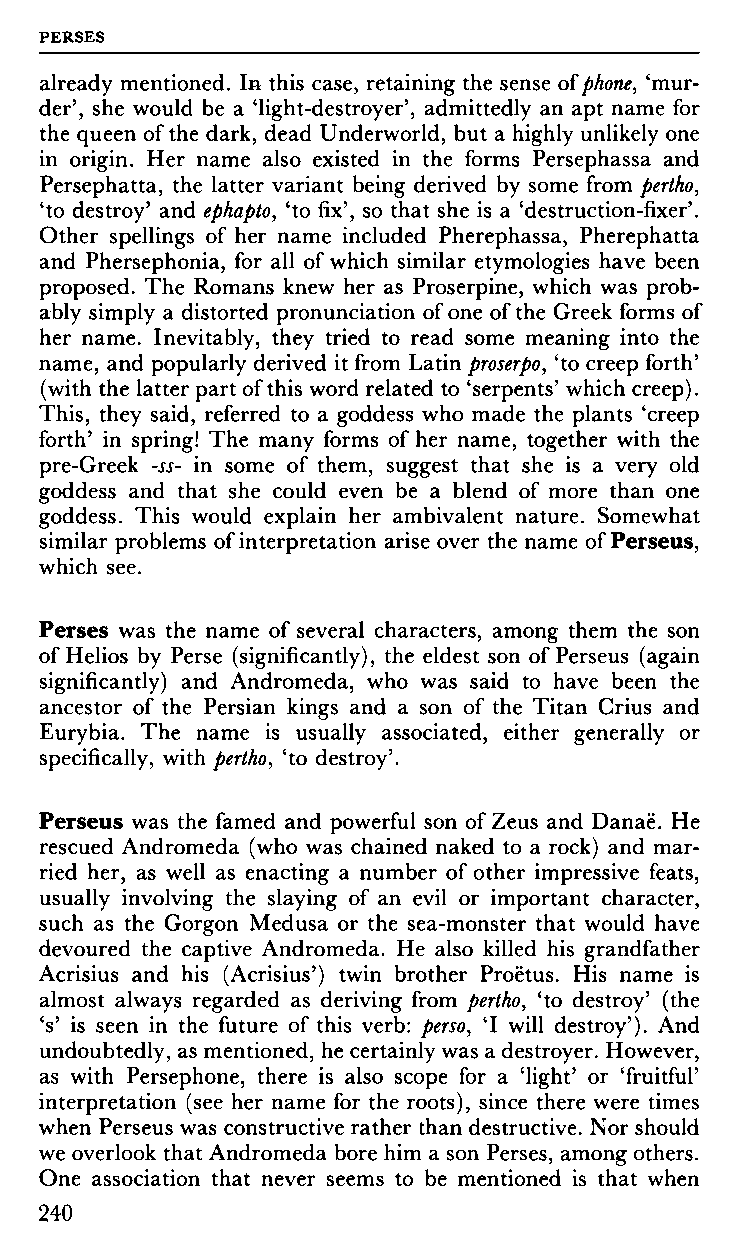
PERSES
 already mentioned. In this case, retaining the sense of phone, 'mur
 der', she would be a 'light-destroyer', admittedly an apt name for
 the queen of the dark, dead Underworld, but a highly unlikely one
 in origin. Her name also existed in the forms Persephassa and
 Persephatta, the latter variant being derived by some from pertho,
 'to destroy' and ephapto, 'to fix', so that she is a 'destruction-fixer'.
 Other spellings of her name included Pherephassa, Pherephatta
 and Phersephonia, for all of which similar etymologies have been
 proposed. The Romans knew her as Proserpine, which was prob
 ably simply a distorted pronunciation of one of the Greek forms of
 her name. Inevitably, they tried to read some meaning into the
 name, and popularly derived it from Latin proserpo, 'to creep forth'
 (with the latter part of this word related to 'serpents' which creep).
 This, they said, referred to a goddess who made the plants 'creep
 forth' in spring! The many forms of her name, together with the
 pre-Greek -ss- in some of them, suggest that she is a very old
 goddess and that she could even be a blend of more than one
 goddess. This would explain her ambivalent nature. Somewhat
 similar problems of interpretation arise over the name of Perseus,
 which see.
 Perses was the name of several characters, among them the son
 of Helios by Perse (significantly), the eldest son of Perseus (again
 significantly) and Andromeda, who was said to have been the
 ancestor of the Persian kings and a son of the Titan Crius and
 Eurybia. The name is usually associated, either generally or
 specifically, with pertho, 'to destroy'.
 Perseus was the famed and powerful son of Zeus and Danaë. He
 rescued Andromeda (who was chained naked to a rock) and mar
 ried her, as well as enacting a number of other impressive feats,
 usually involving the slaying of an evil or important character,
 such as the Gorgon Medusa or the sea-monster that would have
 devoured the captive Andromeda. He also killed his grandfather
 Acrisius and his (Acrisius') twin brother Proëtus. His name is
 almost always regarded as deriving from pertho, 'to destroy' (the
 's' is seen in the future of this verb: perso, Ί will destroy'). And
 undoubtedly, as mentioned, he certainly was a destroyer. However,
 as with Persephone, there is also scope for a 'light' or 'fruitful'
 interpretation (see her name for the roots), since there were times
 when Perseus was constructive rather than destructive. Nor should
 we overlook that Andromeda bore him a son Perses, among others.
 One association that never seems to be mentioned is that when
 240